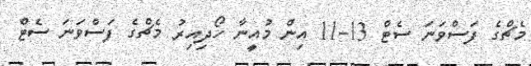
މެޗްގެ ފަސްވަނަ ސެޓް 13-11 އިން މުއީނާ ހޯދިއިރު މެޗްގެ ފަސްވަނަ ސެޓް